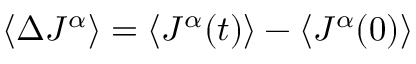
\left< \Delta J ^ { \alpha } \right> = \left< J ^ { \alpha } ( t ) \right> - \left< J ^ { \alpha } ( 0 ) \right>